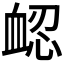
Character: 𧖷